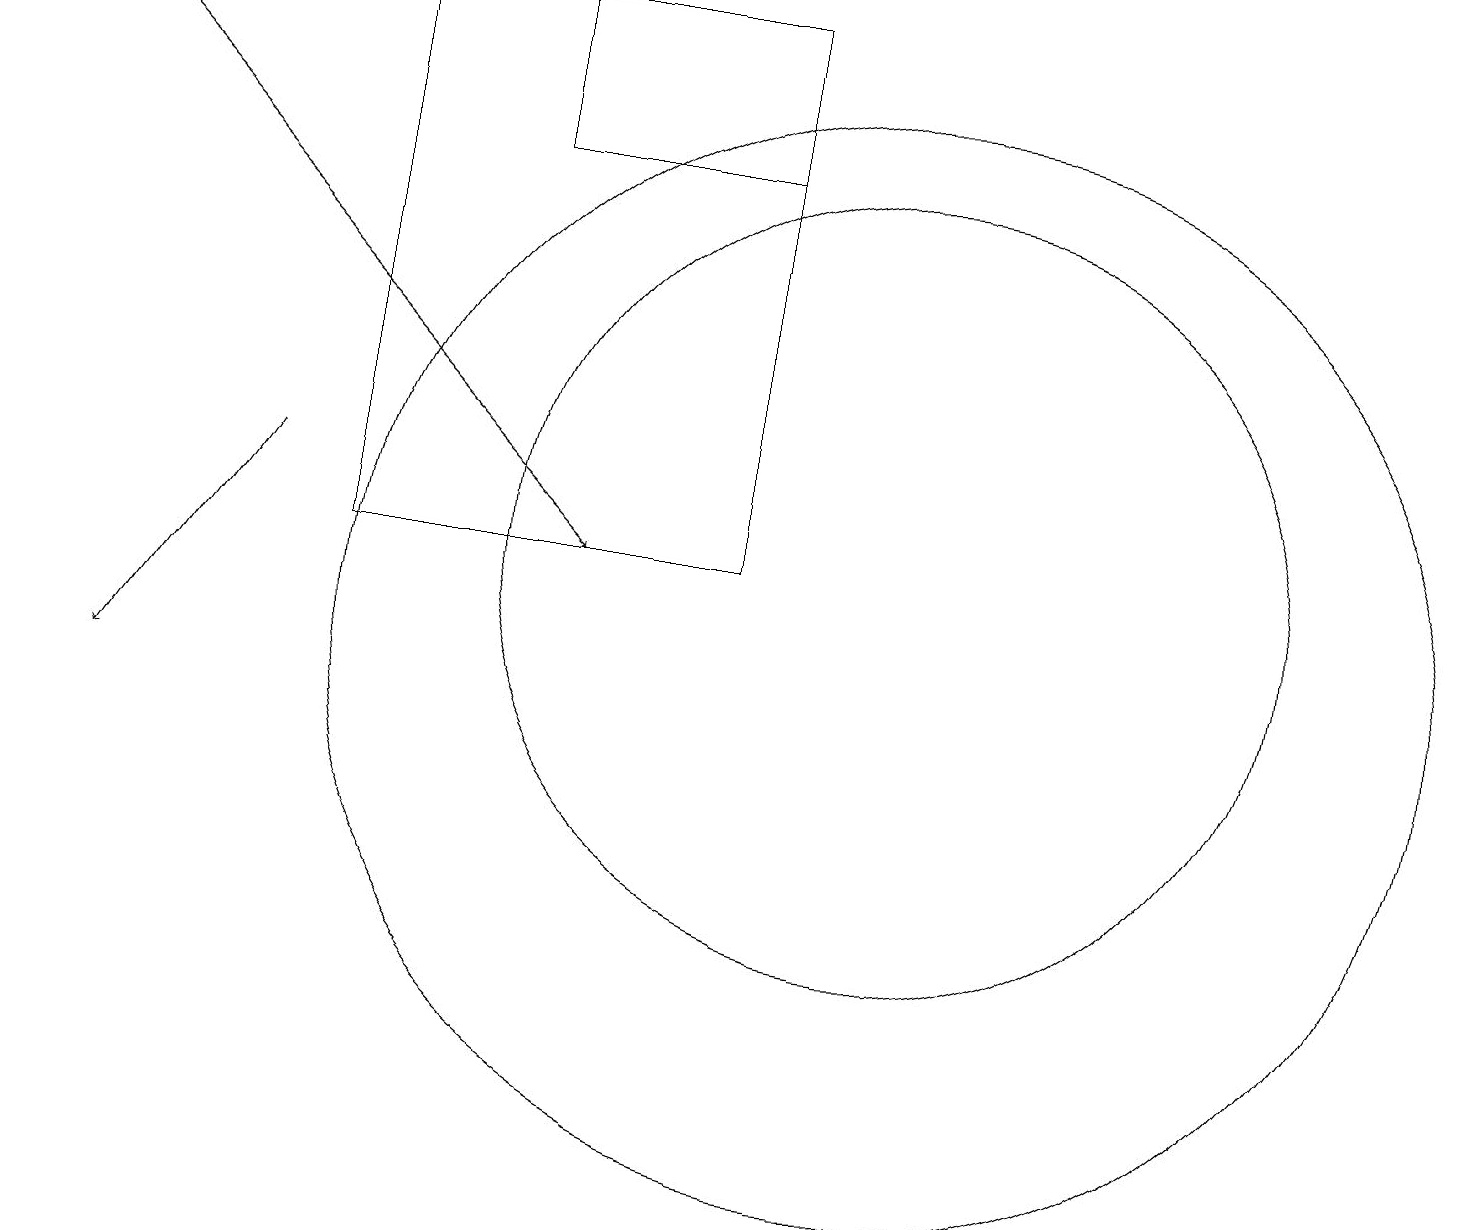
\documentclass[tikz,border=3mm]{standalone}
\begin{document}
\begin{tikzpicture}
\draw[->] (0,19) -- (7,12);
\draw (4,19) rectangle (9,12);
\draw (11,11) circle (7);
\draw (11,12) circle (5);
\draw[->] (3,13) -- (1,10);
\draw (9,19) rectangle (6,17);
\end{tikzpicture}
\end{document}